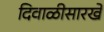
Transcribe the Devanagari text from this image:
दिवाळीसारखे